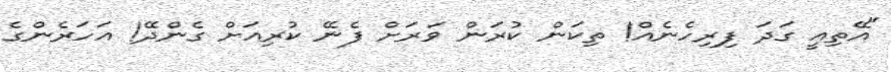
"އޭތިއީ ގަދަ ފިރިހެނެއް! ތިކަން ކުރަން ވަރަށް ފެނޭ ކުރިއަށް ގެންދޭ! އަހަރެންގެ